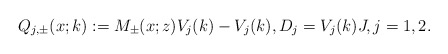
\begin{align*}Q_{j,\pm}(x;k):=M_{\pm}(x;z) V_j(k)-V_j(k), D_j=V_j(k)J,j=1,2.\end{align*}